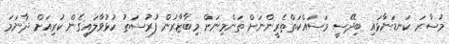
މުސާރަ ކަނޑަނާޅައި ބިދޭސީ މަސައްކަތްތެރީންނަށް ތަންމިނަށް މިބާޒާރުން ފުރުސަތު ހުޅުވާލައިގެން ކުރިއަށް ދާނަމަ